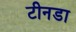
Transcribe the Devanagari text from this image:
टीनडा